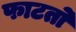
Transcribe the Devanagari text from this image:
फाटतो